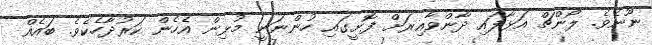
ނޫނެވެ. ލޯންޗް އަޅާފައި ދާންވާއިރަށް ފޮށީގައި ހުންނަނީ މުޅިން އެހެން ކަރުދާހެކެވެ. ބައެއް